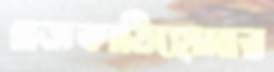
গজকাঠিহোমার